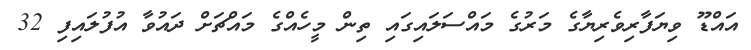
އައްޑޫ ވިޔަފާރިވެރިޔާގެ މަރުގެ މައްސަލައިގައި ތިން މީހެއްގެ މައްޗަށް ދައުވާ އުފުލައިފި 32